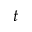
t